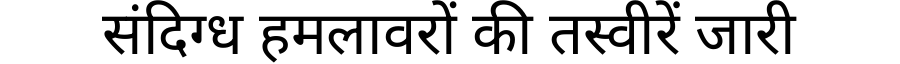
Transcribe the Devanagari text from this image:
संदिग्ध हमलावरों की तस्वीरें जारी